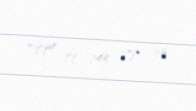
+994 99 145 78 35